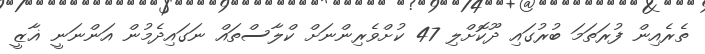
ތެރެއިން ފުރަތަމަ ބުރުގައި ދޫކޮށްލި 47 ކުށްވެރިންނަށް ކްލާސްތައް ނަގައިދެމުން އަންނަނީ ޣާޒީ